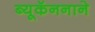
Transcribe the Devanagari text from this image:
ब्यूकॅननाने